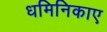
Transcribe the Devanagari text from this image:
धमिनिकाए